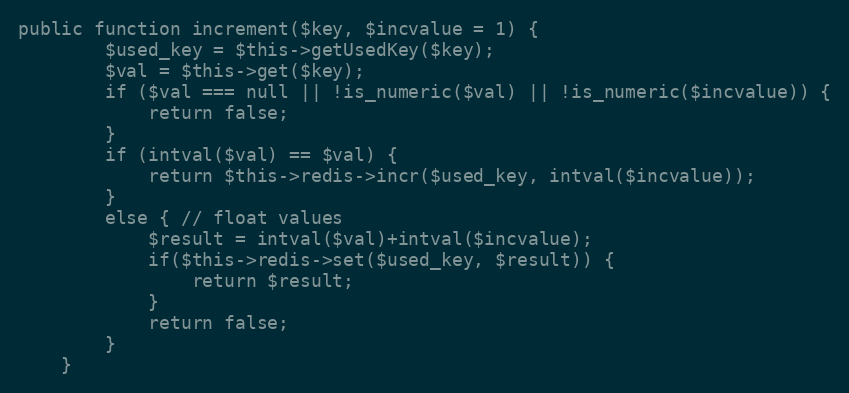
Language: PHP
public function increment($key, $incvalue = 1) {
        $used_key = $this->getUsedKey($key);
        $val = $this->get($key);
        if ($val === null || !is_numeric($val) || !is_numeric($incvalue)) {
            return false;
        }
        if (intval($val) == $val) {
            return $this->redis->incr($used_key, intval($incvalue));
        }
        else { // float values
            $result = intval($val)+intval($incvalue);
            if($this->redis->set($used_key, $result)) {
                return $result;
            }
            return false;
        }
    }